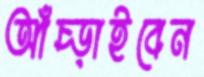
আঁচ্‌ড়াইবেন